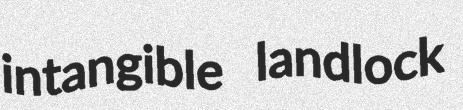
intangible landlock